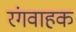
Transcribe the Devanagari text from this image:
रंगवाहक